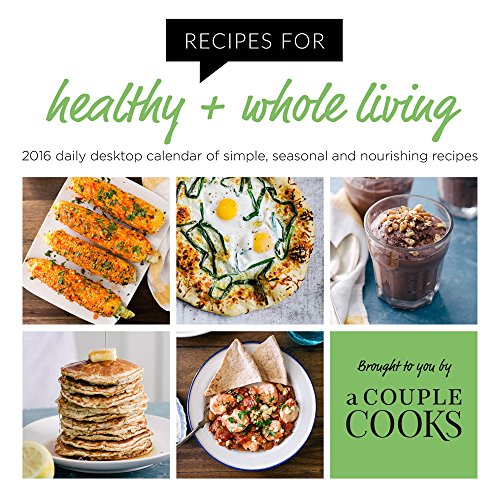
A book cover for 2016 Recipes for Healthy & Whole Living Desktop Calendar; A Couple Cooks; Calendars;